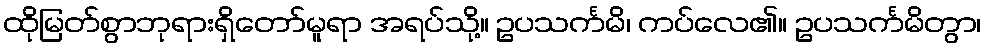
ထိုမြတ်စွာဘုရားရှိတော်မူရာ အရပ်သို့။ ဥပသင်္ကမိ၊ ကပ်လေ၏။ ဥပသင်္ကမိတွာ၊